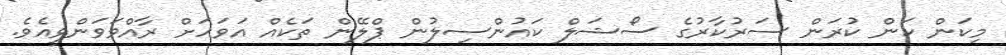
މިކަން ކަން ކުރަން ސަރުކާރުގެ ސޯޝަލް ކައުންސިލުން ޕްލޭން ތަކެއް އަވަހަށް ރާއްވަވަންވީއެވެ.